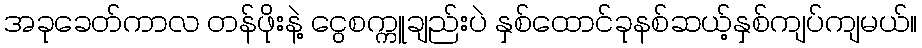
အခုခေတ်ကာလ တန်ဖိုးနဲ့ ငွေစက္ကူချည်းပဲ နှစ်ထောင်ခုနစ်ဆယ့်နှစ်ကျပ်ကျမယ်။